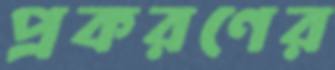
প্রকরণের